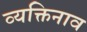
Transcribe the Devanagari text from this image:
व्यक्तिनाव